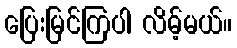
ပြေးမြင်ကြပါ လိမ့်မယ်။